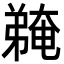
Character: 𫸽